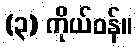
(၃) ကိုယ်ဝန်။